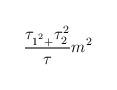
LaTeX: \begin{align*}\frac{\tau _{1^{^{2}}+}\tau _{2}^{2}}{\tau }m^{2}\end{align*}